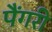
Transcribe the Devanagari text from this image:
पैंगरी